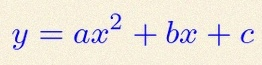
y=ax^2+bx+c